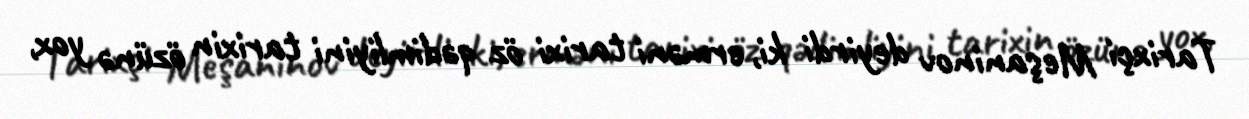
Tarixçi Meşaninov deyirdi ki, erməni tarixi öz qədimliyini tarixin özünə yox,